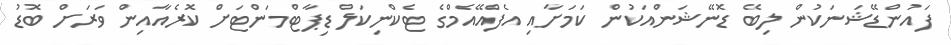
ފައުންޑޭޝަނަކުން ލިބޭ ޑޮނޭޝަންއަކުން ކަމަށާއި އެފްއޭއެމްގެ ޓެކްނިކަލް ޑިޕާޓްމަންޓަށް ކޮރެއާއިން ވަރަށް ބޮޑު